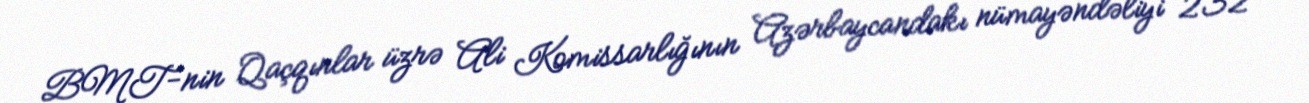
BMT-nin Qaçqınlar üzrə Ali Komissarlığının Azərbaycandakı nümayəndəliyi 232